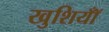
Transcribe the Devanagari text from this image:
खुशियॉँ